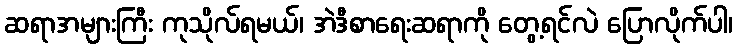
ဆရာအများကြီး ကုသိုလ်ရမယ်၊ အဲဒီစာရေးဆရာကို တွေ့ရင်လဲ ပြောလိုက်ပါ၊